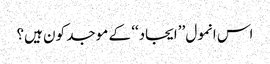
اس انمول ’’ایجاد‘‘ کے موجد کون ہیں؟